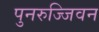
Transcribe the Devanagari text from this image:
पुनरुज्जिवन